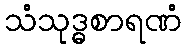
သံသုဒ္ဓစာရဏံ